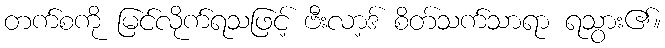
တက်စကို မြင်လိုက်ရသဖြင့် ဗီးလာ့ဒ် စိတ်သက်သာရာ ရသွား၏။